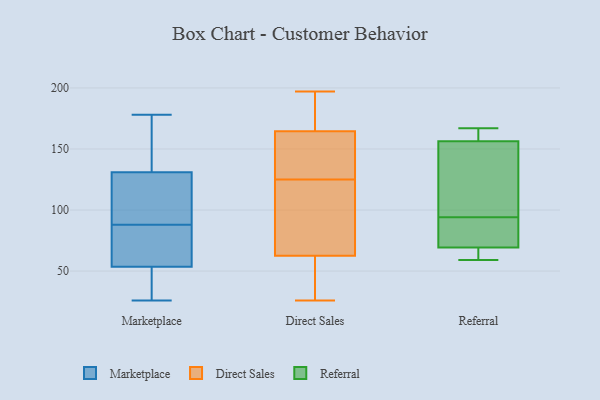
{"axis": {"x": "Tickets Resolved", "y": "Value"}, "legend": ["Direct Sales", "Marketplace", "Referral"], "data": [{"x": "", "y": 49, "type": "Marketplace"}, {"x": "", "y": 31, "type": "Marketplace"}, {"x": "", "y": 114, "type": "Marketplace"}, {"x": "", "y": 59, "type": "Marketplace"}, {"x": "", "y": 60, "type": "Marketplace"}, {"x": "", "y": 162, "type": "Marketplace"}, {"x": "", "y": 103, "type": "Marketplace"}, {"x": "", "y": 26, "type": "Marketplace"}, {"x": "", "y": 30, "type": "Marketplace"}, {"x": "", "y": 138, "type": "Marketplace"}, {"x": "", "y": 124, "type": "Marketplace"}, {"x": "", "y": 178, "type": "Marketplace"}, {"x": "", "y": 89, "type": "Marketplace"}, {"x": "", "y": 58, "type": "Marketplace"}, {"x": "", "y": 87, "type": "Marketplace"}, {"x": "", "y": 162, "type": "Marketplace"}, {"x": "", "y": 137, "type": "Direct Sales"}, {"x": "", "y": 84, "type": "Direct Sales"}, {"x": "", "y": 160, "type": "Direct Sales"}, {"x": "", "y": 197, "type": "Direct Sales"}, {"x": "", "y": 80, "type": "Direct Sales"}, {"x": "", "y": 178, "type": "Direct Sales"}, {"x": "", "y": 189, "type": "Direct Sales"}, {"x": "", "y": 142, "type": "Direct Sales"}, {"x": "", "y": 52, "type": "Direct Sales"}, {"x": "", "y": 26, "type": "Direct Sales"}, {"x": "", "y": 113, "type": "Direct Sales"}, {"x": "", "y": 89, "type": "Direct Sales"}, {"x": "", "y": 149, "type": "Direct Sales"}, {"x": "", "y": 37, "type": "Direct Sales"}, {"x": "", "y": 169, "type": "Direct Sales"}, {"x": "", "y": 60, "type": "Direct Sales"}, {"x": "", "y": 141, "type": "Direct Sales"}, {"x": "", "y": 65, "type": "Direct Sales"}, {"x": "", "y": 56, "type": "Direct Sales"}, {"x": "", "y": 178, "type": "Direct Sales"}, {"x": "", "y": 161, "type": "Referral"}, {"x": "", "y": 76, "type": "Referral"}, {"x": "", "y": 94, "type": "Referral"}, {"x": "", "y": 64, "type": "Referral"}, {"x": "", "y": 167, "type": "Referral"}, {"x": "", "y": 67, "type": "Referral"}, {"x": "", "y": 142, "type": "Referral"}, {"x": "", "y": 165, "type": "Referral"}, {"x": "", "y": 89, "type": "Referral"}, {"x": "", "y": 59, "type": "Referral"}, {"x": "", "y": 110, "type": "Referral"}]}